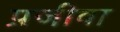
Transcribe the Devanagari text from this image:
प्रजीवा